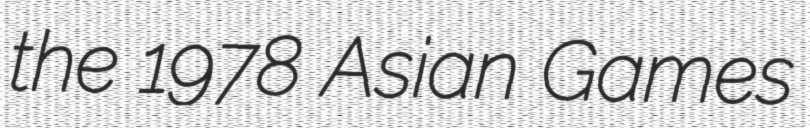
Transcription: the 1978 Asian Games